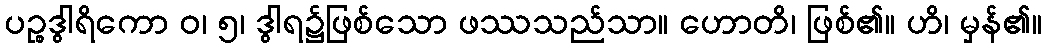
ပဉ္စဒွါရိကော ဝ၊ ၅၊ ဒွါရ၌ဖြစ်သော ဖဿသည်သာ။ ဟောတိ၊ ဖြစ်၏။ ဟိ၊ မှန်၏။